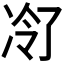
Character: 𪞠